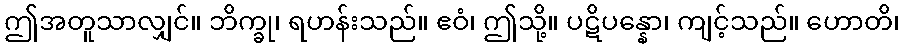
ဤအတူသာလျှင်။ ဘိက္ခု၊ ရဟန်းသည်။ ဧဝံ၊ ဤသို့။ ပဋိပန္နော၊ ကျင့်သည်။ ဟောတိ၊